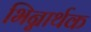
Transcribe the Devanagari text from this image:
भिन्नार्थक